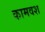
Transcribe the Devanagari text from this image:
कामवश